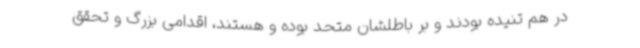
در هم تنیده بودند و بر باطلشان متحد بوده و هستند، اقدامی بزرگ و تحقق